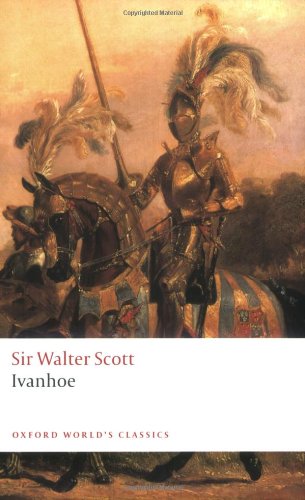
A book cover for Ivanhoe (Oxford World's Classics); Walter Scott; Literature & Fiction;